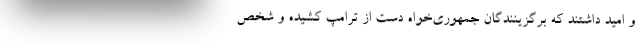
و امید داشتند که برگزینندگان جمهوری‌خواه دست از ترامپ کشیده و شخص